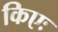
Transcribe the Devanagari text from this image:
किएः